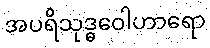
အပရိသုဒ္ဓဝေါဟာရော